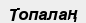
Топалаң